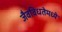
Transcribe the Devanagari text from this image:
जैवविधतेमध्ये